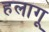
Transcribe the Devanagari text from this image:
हलागू